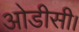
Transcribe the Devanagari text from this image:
ओडीसी।